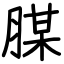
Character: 腜